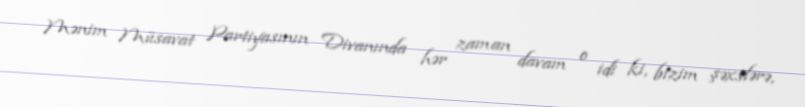
Mənim Müsavat Partiyasının Divanında hər zaman davam o idi ki, bizim şəxslərə,